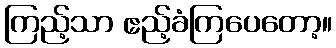
ကြည့်သာ ဧည့်ခံကြပေတော့။